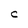
Character: C